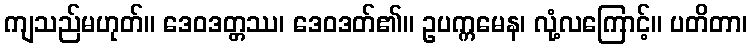
ကျသည်မဟုတ်။ ဒေဝဒတ္တဿ၊ ဒေဝဒတ်၏။ ဥပက္ကမေန၊ လုံ့လကြောင့်။ ပတိတာ၊